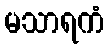
မသာရကံ